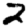
Digit: 2